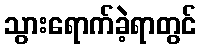
သွားရောက်ခဲ့ရာတွင်